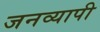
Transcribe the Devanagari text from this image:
जनव्यापी